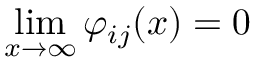
\operatorname* { l i m } _ { x \to \infty } \varphi _ { i j } ( x ) = 0